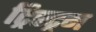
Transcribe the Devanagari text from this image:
ट्रिस्ट्रम